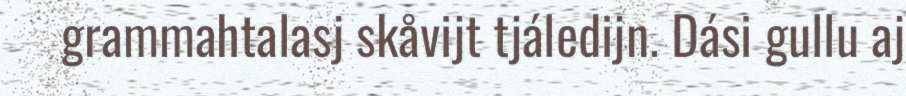
grammahtalasj skåvijt tjáledijn. Dási gullu aj